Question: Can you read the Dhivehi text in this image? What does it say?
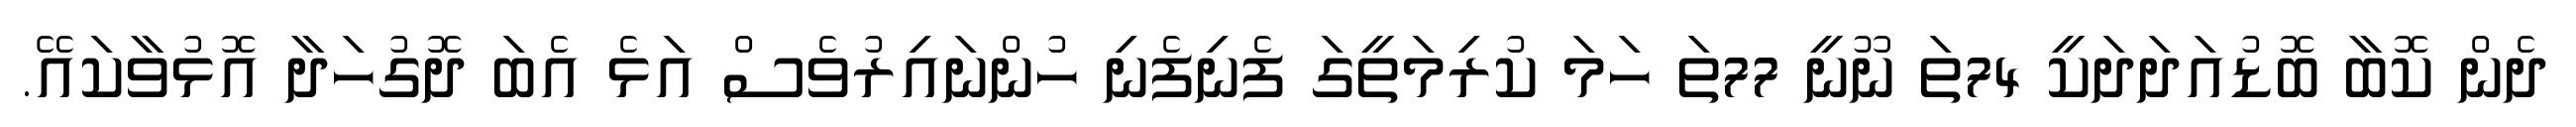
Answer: ދެން ކޮބާ ބޮޑުއަދަދަކީ 74ތަ ނޫނީ 77ތަ ހަމަ ކުރިމަތީގަ ފެނިފެނި ހުންނައިރުވެސް އަޅެ އެބަ ދޮގުހަދާ އޮޅުވާކައޭ.